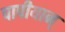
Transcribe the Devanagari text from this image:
पापीयान्‌